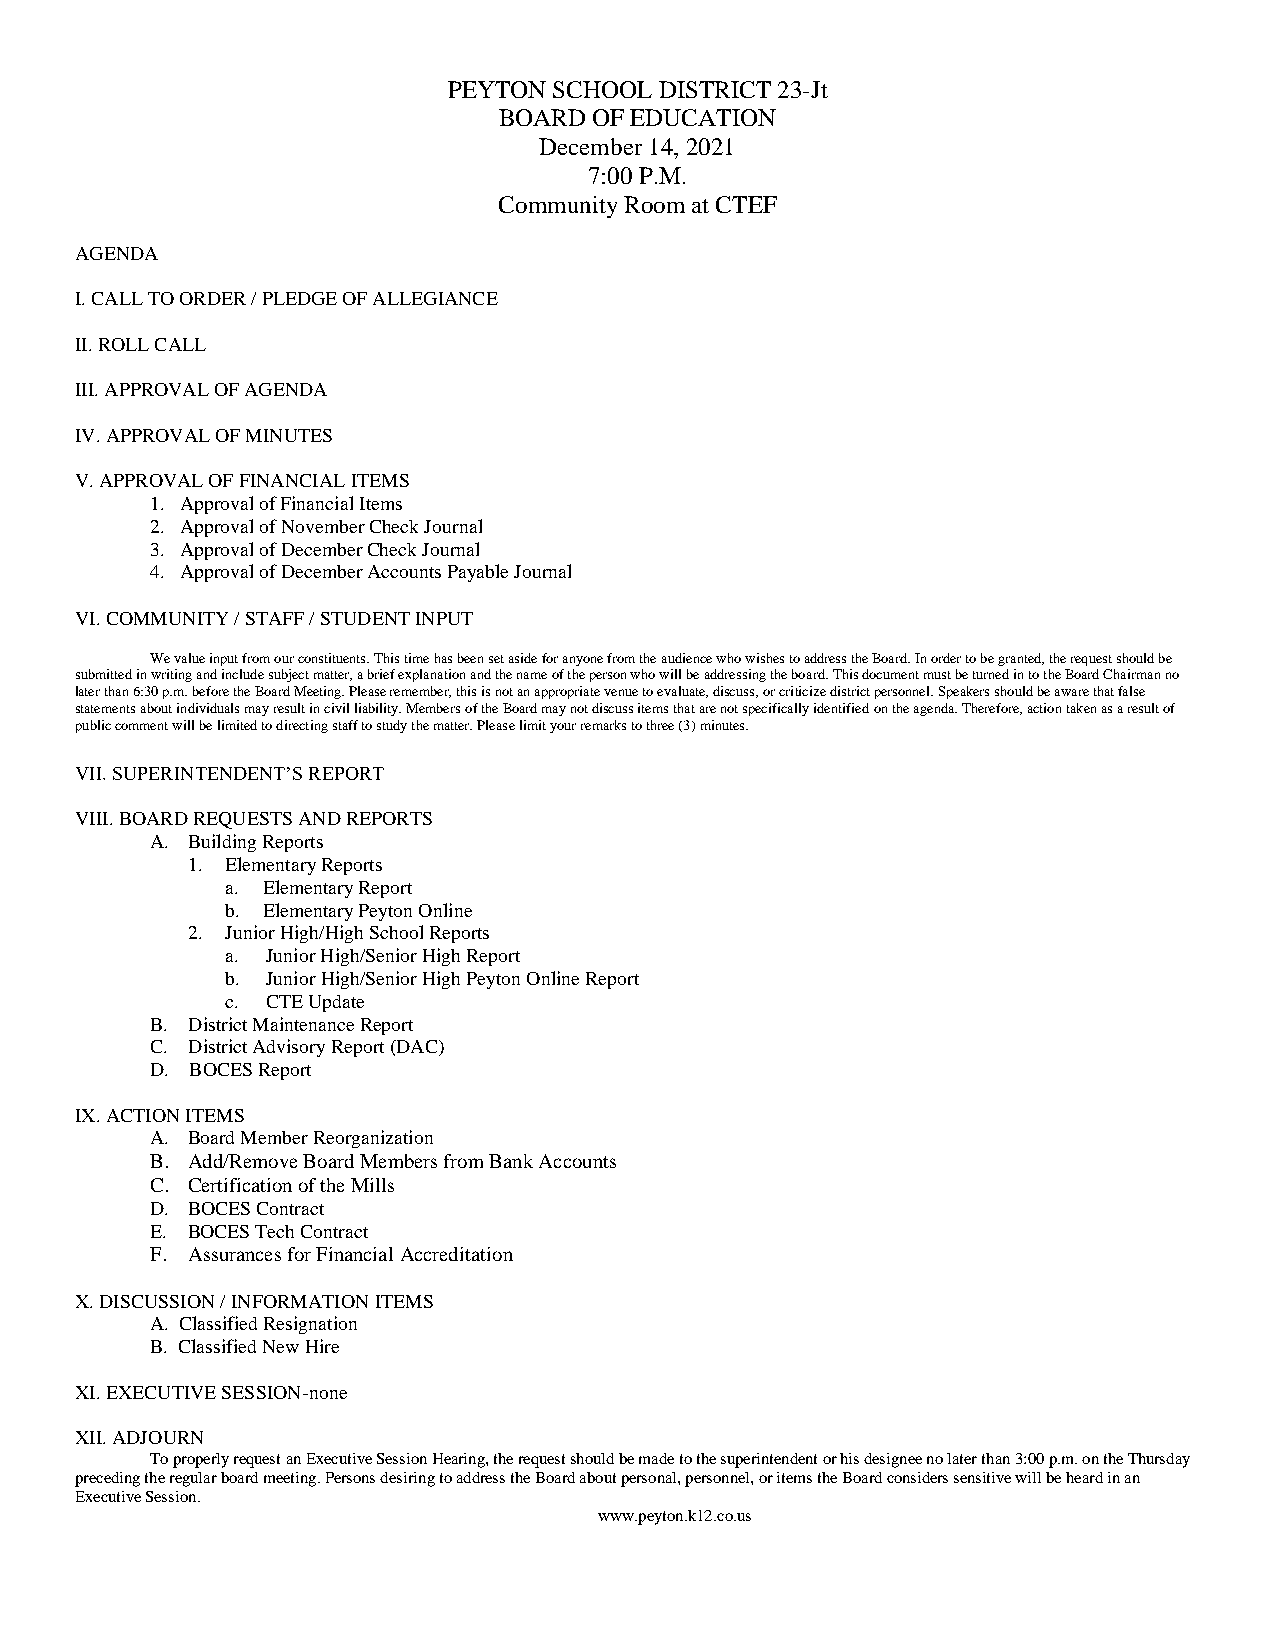
PEYTON SCHOOL DISTRICT 23-Jt
 BOARD OF EDUCATION
 December 14, 2021
 7:00 P.M.
 Community Room at CTEF
 AGENDA
 I. CALL TO ORDER / PLEDGE OF ALLEGIANCE
 II. ROLL CALL
 III. APPROVAL OF AGENDA
 IV. APPROVAL OF MINUTES
 V. APPROVAL OF FINANCIAL ITEMS
 1. Approval of Financial Items
 2. Approval of November Check Journal
 3. Approval of December Check Journal
 4. Approval of December Accounts Payable Journal
 VI. COMMUNITY / STAFF / STUDENT INPUT
 We value input from our constituents. This time has been set aside for anyone from the audience who wishes to address the Board. In order to be granted, the request should be
 submitted in writing and include subject matter, a brief explanation and the name of the person who will be addressing the board. This document must be turned in to the Board Chairman no
 later than 6:30 p.m. before the Board Meeting. Please remember, this is not an appropriate venue to evaluate, discuss, or criticize district personnel. Speakers should be aware that false
 statements about individuals may result in civil liability. Members of the Board may not discuss items that are not specifically identified on the agenda. Therefore, action taken as a result of
 public comment will be limited to directing staff to study the matter. Please limit your remarks to three (3) minutes.
 VII. SUPERINTENDENT’S REPORT
 VIII. BOARD REQUESTS AND REPORTS
 A. Building Reports
 1. Elementary Reports
 a. Elementary Report
 b. Elementary Peyton Online
 2. Junior High/High School Reports
 a. Junior High/Senior High Report
 b. Junior High/Senior High Peyton Online Report
 c. CTE Update
 B. District Maintenance Report
 C. District Advisory Report (DAC)
 D. BOCES Report
 IX. ACTION ITEMS
 A. Board Member Reorganization
 B. Add/Remove Board Members from Bank Accounts
 C. Certification of the Mills
 D. BOCES Contract
 E. BOCES Tech Contract
 F. Assurances for Financial Accreditation
 X. DISCUSSION / INFORMATION ITEMS
 A. Classified Resignation
 B. Classified New Hire
 XI. EXECUTIVE SESSION-none
 XII. ADJOURN
 To properly request an Executive Session Hearing, the request should be made to the superintendent or his designee no later than 3:00 p.m. on the Thursday
 preceding the regular board meeting. Persons desiring to address the Board about personal, personnel, or items the Board considers sensitive will be heard in an
 Executive Session.
 www.peyton.k12.co.us